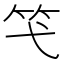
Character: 𥫝